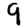
Digit: 9